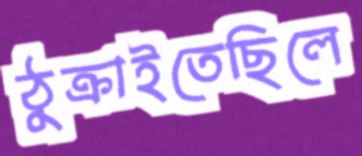
ঠুক্‌রাইতেছিলে